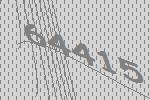
64415